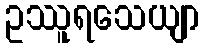
ဥဿူရသေယျာ